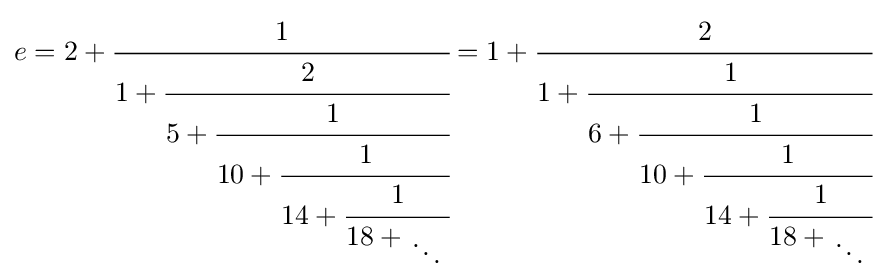
e=2+{\cfrac {1}{1+{\cfrac {2}{5+{\cfrac {1}{10+{\cfrac {1}{14+{\cfrac {1}{18+{{} \atop \ddots }\,}}}}}}}}}}=1+{\cfrac {2}{1+{\cfrac {1}{6+{\cfrac {1}{10+{\cfrac {1}{14+{\cfrac {1}{18+{{} \atop \ddots }\,}}}}}}}}}}